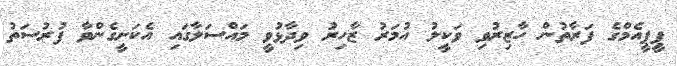
ޕީޕީއެމްގެ ފަރާތުން ހާޒިރުވި ވަކީލު އުމަރު ޒާހިރު ވިދާޅުވީ މައްސަލާގައި އެކަށީގެންވާ ފުރުސަތު